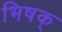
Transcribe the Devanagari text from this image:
भिषक्